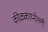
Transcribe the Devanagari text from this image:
कीळकाय्नेल्ली